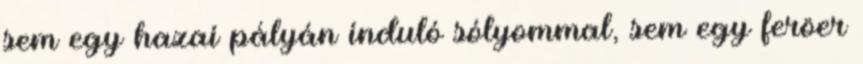
sem egy hazai pályán induló sólyommal, sem egy feröer